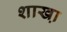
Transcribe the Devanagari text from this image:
शाखा़